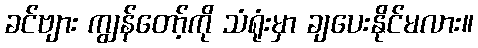
ခင်ဗျား ကျွန်တော့်ကို သံရုံးမှာ ချပေးနိုင်မလား။